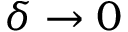
\delta \rightarrow 0